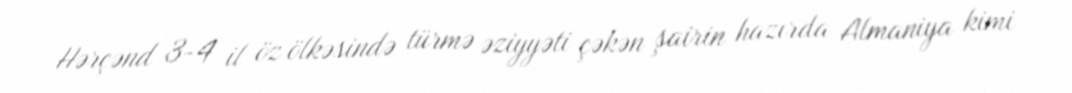
Hərçənd 3-4 il öz ölkəsində türmə əziyyəti çəkən şairin hazırda Almaniya kimi